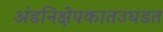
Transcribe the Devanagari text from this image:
अंडनिक्षेपकातउघडत